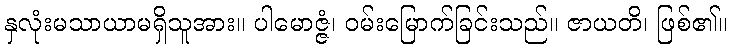
နှလုံးမသာယာမရှိသူအား။ ပါမောဇ္ဇံ၊ ဝမ်းမြောက်ခြင်းသည်။ ဇာယတိ၊ ဖြစ်၏။